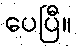
ပေပြီ။